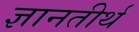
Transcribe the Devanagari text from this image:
ज्ञानतीर्थ